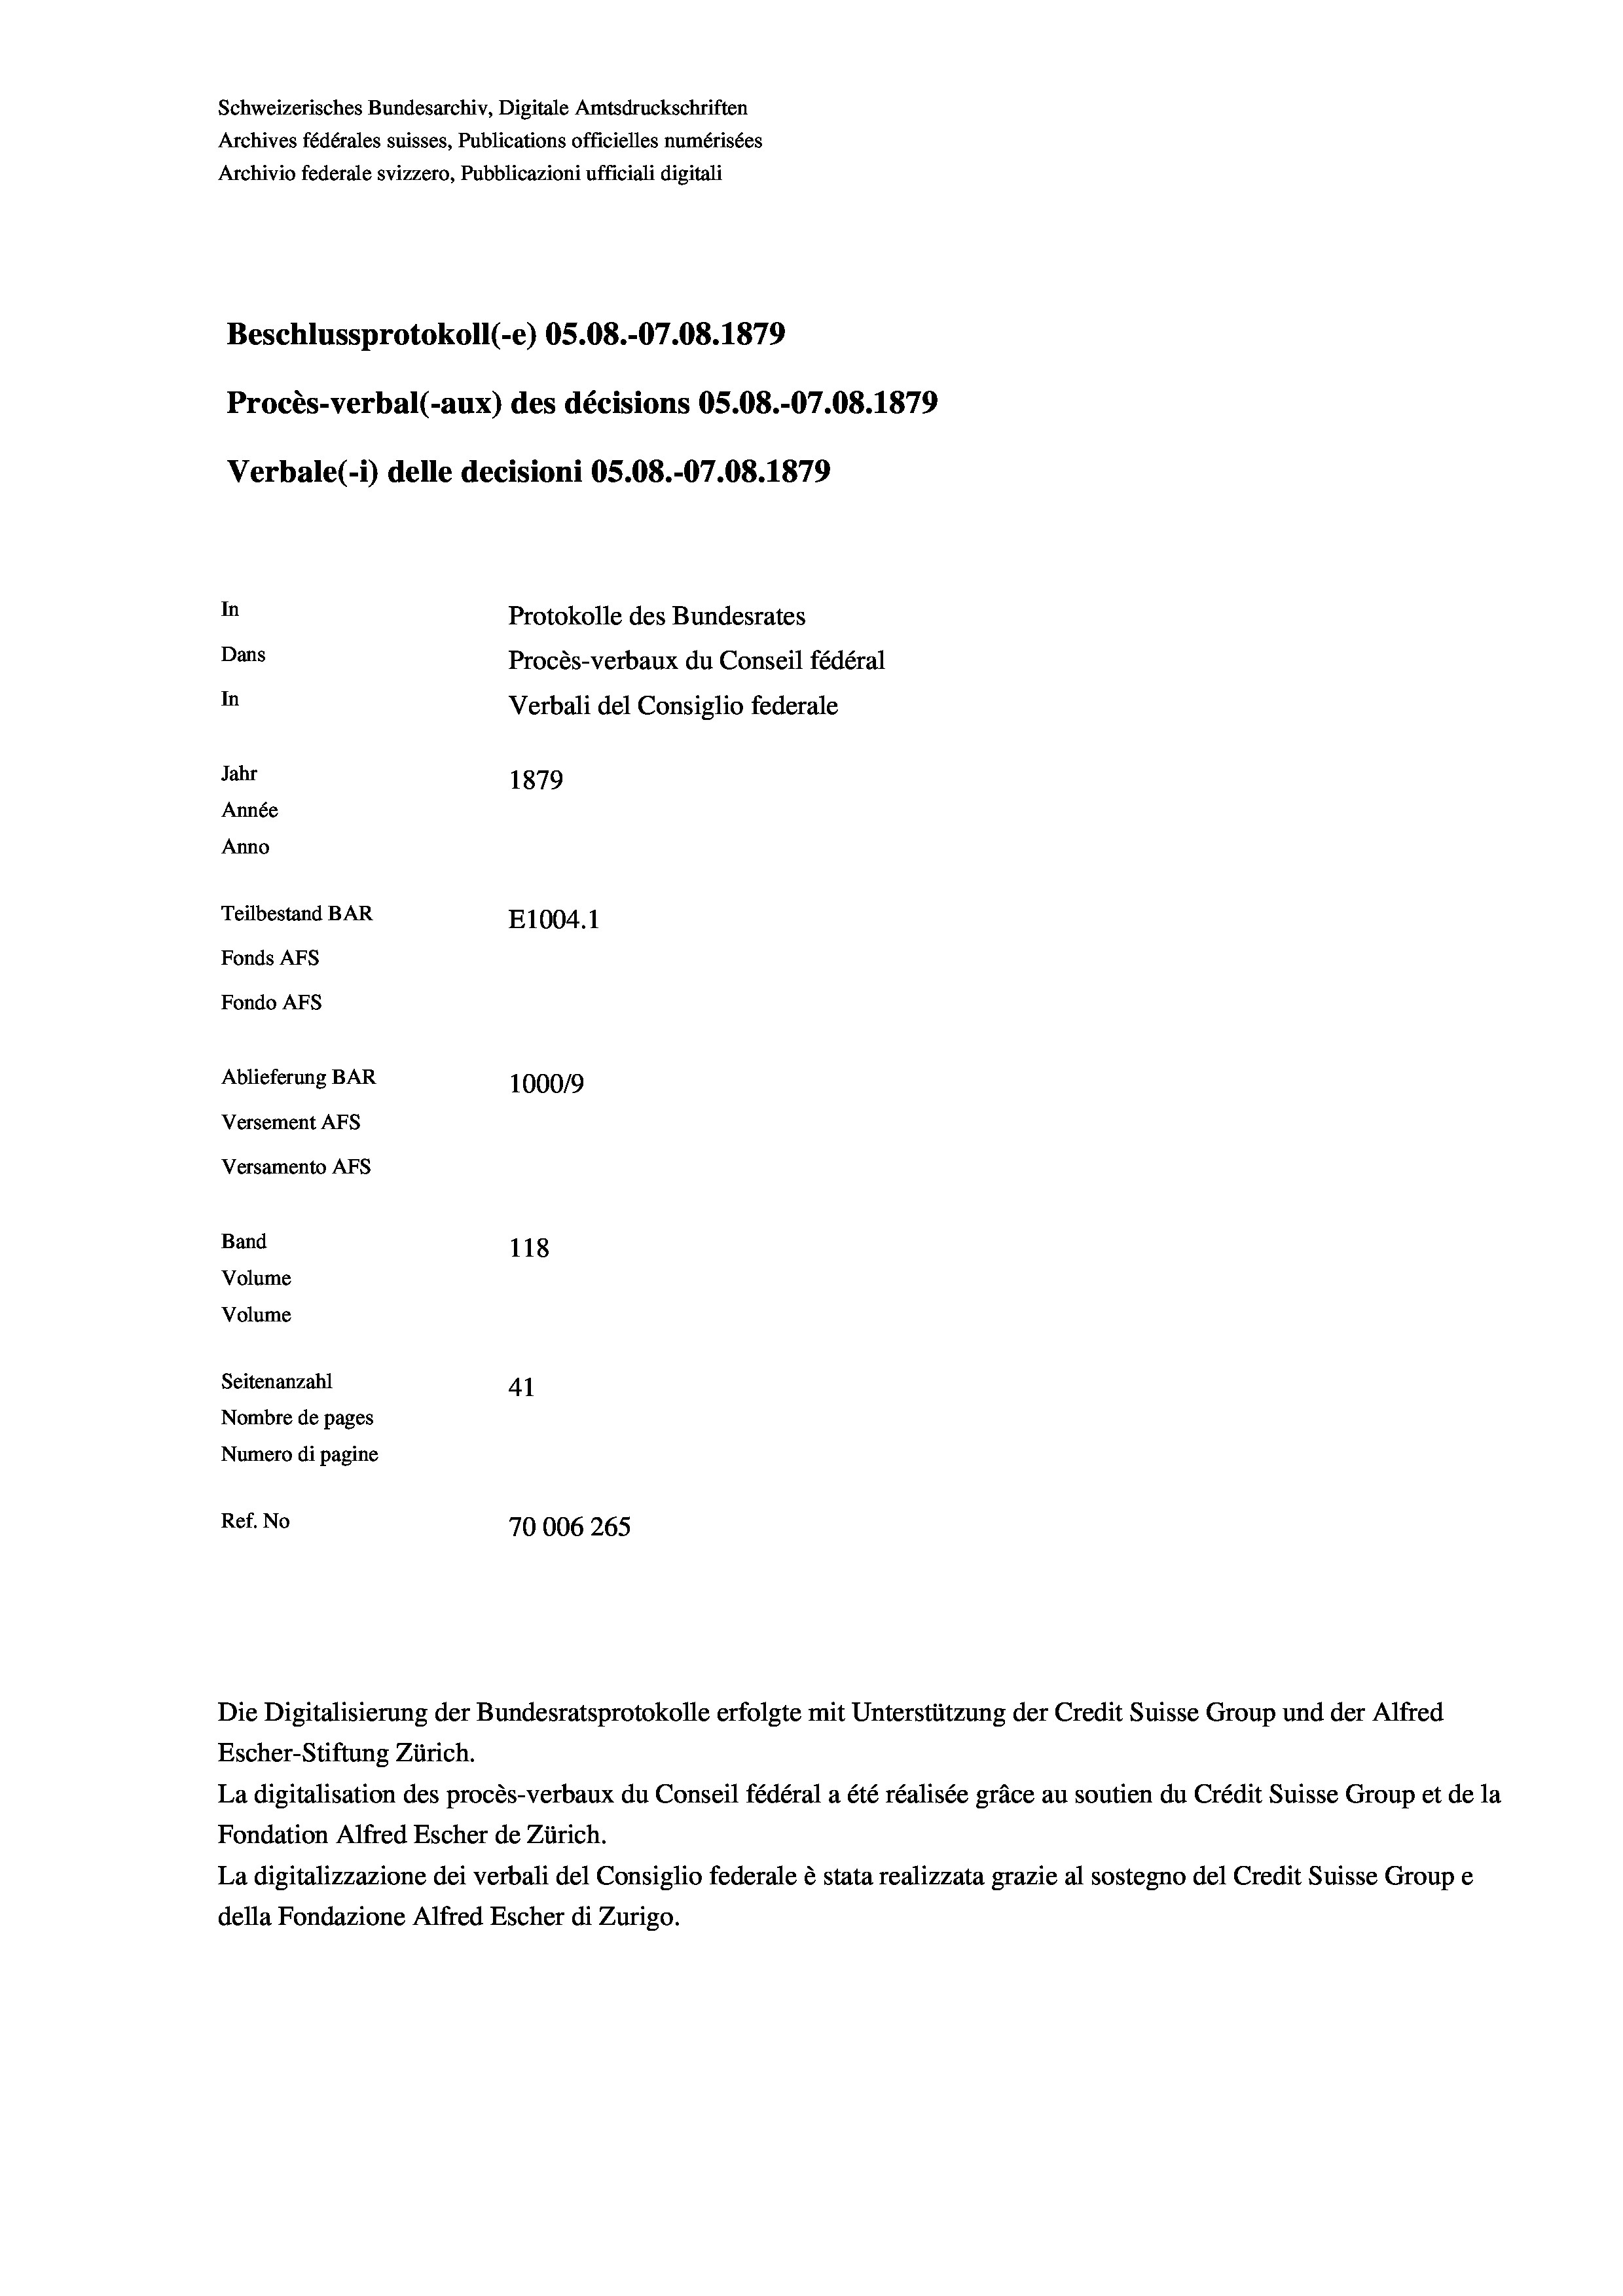
Schweizerisches Bundesarchiv, Digitale Amtsdruckschriften
Archives fédérales suisses, Publications officielles numérisées
Archivio federale svizzero, Pubblicazioni ufficiali digitali
Beschlussprotokoll (-e) OS.08.-07.08. 1879
Procès-verbal (-aux) des décisions OS.08.-07.08. 1879
Verbale (i) delle decisioni OS.08.-07.08. 1879
In
Protokolle des Bundesrates
Dans
Procès-verbaux du Conseil fédéral
In
Verbali del Consiglio federale
Jahr
1879
Année
Anno
Teilbestand BAR
E1004.1
Fonds AFs
Fondo AFs
Ablieferung BAR
1000/9
Versement AFs
Versamento Afs
Band
118
Volume
Volume

Seitenanzahl
41
Nombre de pages
Numero di pagine
Ref. No
70006 265

Die Digitalisierung der Bundesratsprotokolle erfolgte mit Unterstützung der Credit Suisse Group und der Alfred
Escher-Stiftung Zürich.
La digitalisation des procès-verbaux du Conseil fédéral a été réalisée gräce au soutien du Crédit Suisse Group et de la
Fondation Alfred Escher de Zürich.
La digitalizzazione dei verbali del Consiglio federale è stata realizzata grazie al sostegno del Credit Suisse Groupe
della Fondazione Alfred Escher di Zurigo.